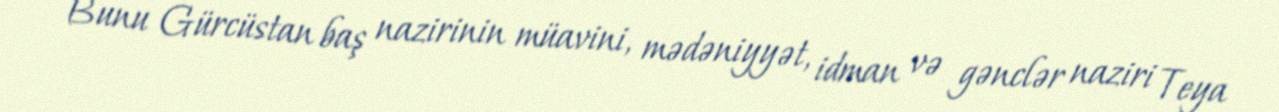
Bunu Gürcüstan baş nazirinin müavini, mədəniyyət, idman və gənclər naziri Teya